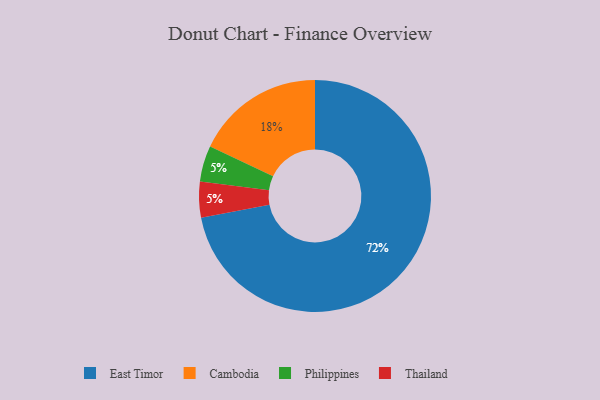
{"axis": {"x": "Category", "y": "Percentage"}, "legend": ["Cambodia", "East Timor", "Philippines", "Thailand"], "data": [{"x": "East Timor", "y": 72, "type": "East Timor"}, {"x": "Philippines", "y": 5, "type": "Philippines"}, {"x": "Cambodia", "y": 18, "type": "Cambodia"}, {"x": "Thailand", "y": 5, "type": "Thailand"}]}